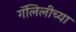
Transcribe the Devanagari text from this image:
गॅलिलीच्या